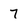
Character: 7